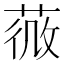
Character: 𦵌